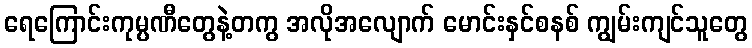
ရေကြောင်းကုမ္ပဏီတွေနဲ့တကွ အလိုအလျောက် မောင်းနှင်စနစ် ကျွမ်းကျင်သူတွေ